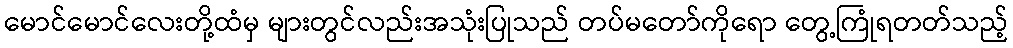
မောင်မောင်လေးတို့ထံမှ များတွင်လည်းအသုံးပြုသည် တပ်မတော်ကိုရော တွေ့ကြုံရတတ်သည့်